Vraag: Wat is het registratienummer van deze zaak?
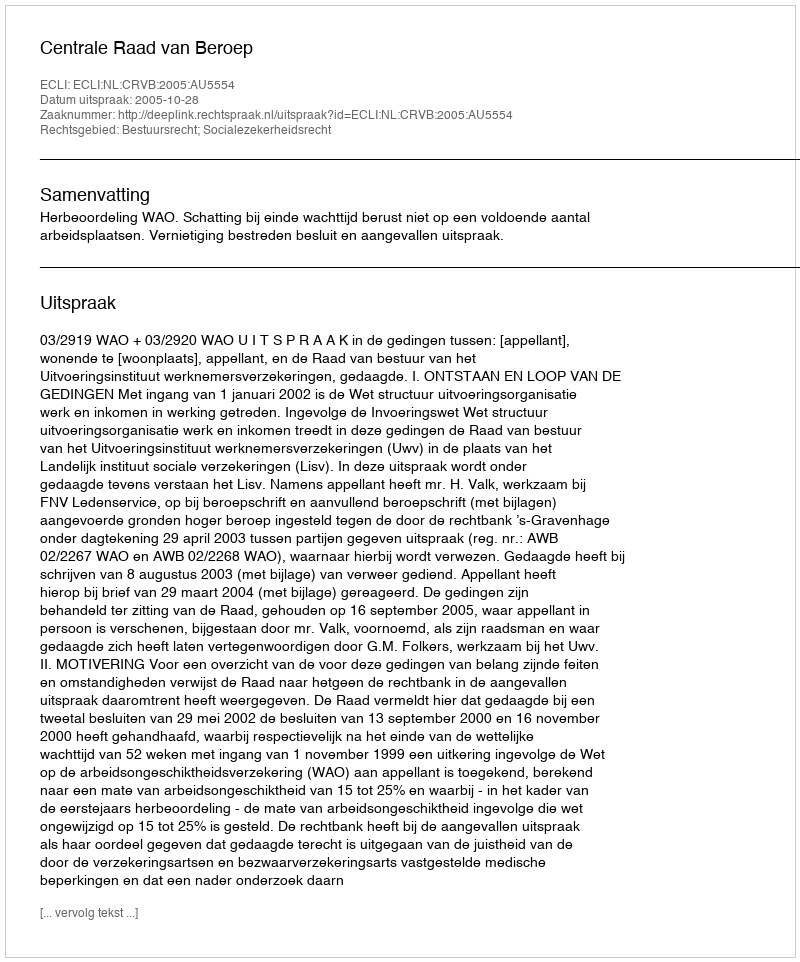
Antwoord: http://deeplink.rechtspraak.nl/uitspraak?id=ECLI:NL:CRVB:2005:AU5554